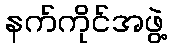
နက်ကိုင်အဖွဲ့